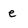
Character: e